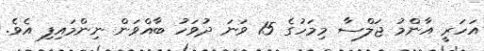
އަހަރީ އާންމު ޖަލްސާ މިމަހުގެ 15 ވަނަ ދުވަހު ބާއްވަން ނިންމައިފި އެވެ.